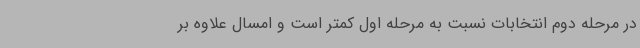
در مرحله دوم انتخابات نسبت به مرحله اول کمتر است و امسال علاوه بر